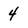
Character: 4